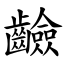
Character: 䶨